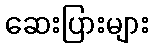
ဆေးပြားများ